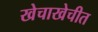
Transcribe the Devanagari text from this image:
खेचाखेचीत